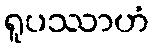
ရူပဿာဟံ